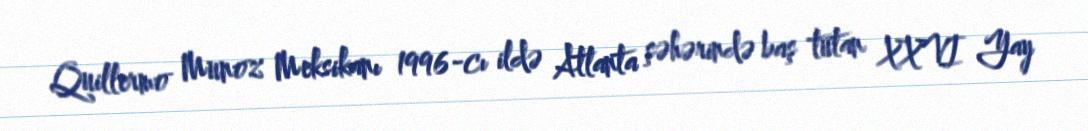
Quillermo Munoz Meksikanı 1996-cı ildə Atlanta şəhərində baş tutan XXVI Yay